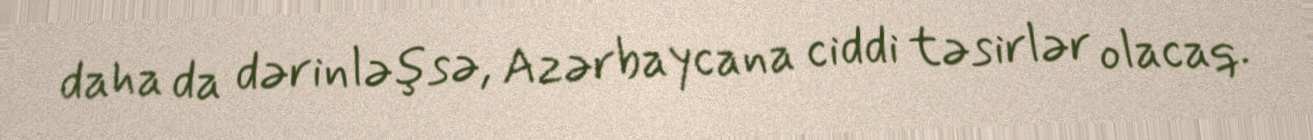
daha da dərinləşsə, Azərbaycana ciddi təsirlər olacaq.